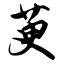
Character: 萸